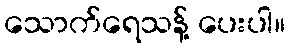
သောက်ရေသန့် ပေးပါ။